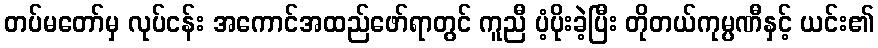
တပ်မတော်မှ လုပ်ငန်း အကောင်အထည်ဖော်ရာတွင် ကူညီ ပံ့ပိုးခဲ့ပြီး တိုတယ်ကုမ္ပဏီနှင့် ယင်း၏